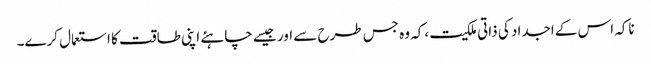
ناکہ اس کے اجداد کی ذاتی ملکیت ،کہ وہ جس طرح سے اور جیسے چاہئے اپنی طاقت کا استعمال کرے۔